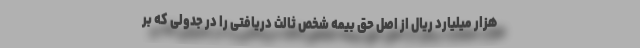
هزار میلیارد ریال از اصل حق بیمه شخص ثالث دریافتی را در جدولی که بر